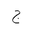
Letter: _gim